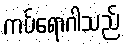
ကပ်ရောဂါသည်